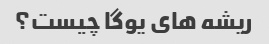
ریشه های یوگا چیست؟